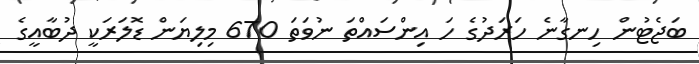
ބަޖެޓުން ހިނގާނެ ހަރަދުގެ ހަ އިންސައްތަ ނުވަތަ 670 މިލިޔަން ޑޮލަރަކީ ދުބާއީގެ